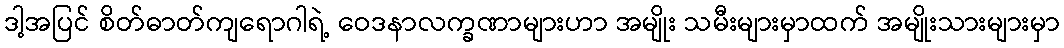
ဒါ့အပြင် စိတ်ဓာတ်ကျရောဂါရဲ့ ဝေဒနာလက္ခဏာများဟာ အမျိုး သမီးများမှာထက် အမျိုးသားများမှာ